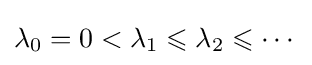
\lambda _{0}=0<\lambda _{1}\leqslant \lambda _{2}\leqslant \cdots